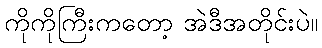
ကိုကိုကြီးကတော့ အဲဒီအတိုင်းပဲ။